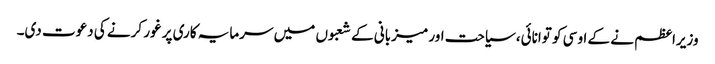
وزیراعظم نے کے او سی کو توانائی، سیاحت اور میزبانی کے شعبوں میں سرمایہ کاری پر غور کرنے کی دعوت دی۔